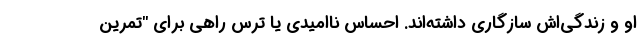
او و زندگی‌اش سازگاری داشته‌اند. احساس ناامیدی یا ترس راهی برای "تمرین